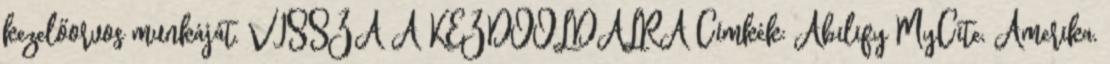
kezelőorvos munkáját. VISSZA A KEZDŐOLDALRA Címkék: Abilify MyCite, Amerika,